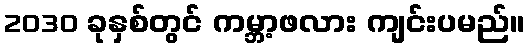
2030 ခုနှစ်တွင် ကမ္ဘာ့ဖလား ကျင်းပမည်။